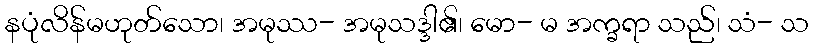
နပုံလိန်မဟုတ်သော၊ အမုဿ- အမုသဒ္ဒါ၏၊ မော- မ အက္ခရာ သည်၊ သံ- သ